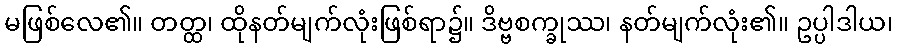
မဖြစ်လေ၏။ တတ္ထ၊ ထိုနတ်မျက်လုံးဖြစ်ရာ၌။ ဒိဗ္ဗစက္ခုဿ၊ နတ်မျက်လုံး၏။ ဥပ္ပါဒါယ၊